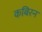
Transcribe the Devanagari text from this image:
कबिरन